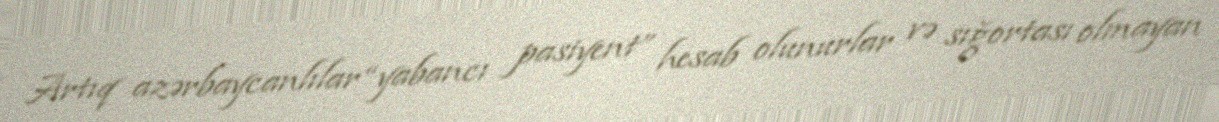
Artıq azərbaycanlılar “yabancı pasiyent” hesab olunurlar və sığortası olmayan